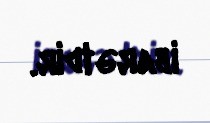
ibarətdir.